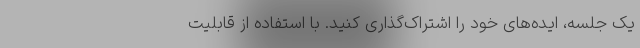
یک جلسه، ایده‌های خود را اشتراک‌گذاری کنید. با استفاده از قابلیت